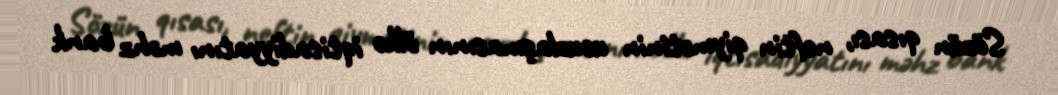
Sözün qısası, neftin qiymətinin ucuzlaşmasının ölkə iqtisadiyyatını məhz bank